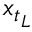
\ensuremath { \boldsymbol { { x } } } _ { t _ { L } }